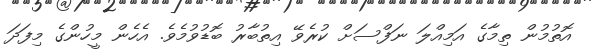
އޮތުމުން ތިމާގެ އަމިއްލަ ނަފްސަށް ކުރެވޭ އިތުބާރު ބޮޑުވުމެވެ. އެހެން މީހުންގެ މިފަދަ